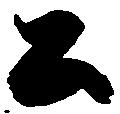
公